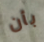
بأن